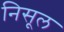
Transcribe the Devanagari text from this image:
निसूल